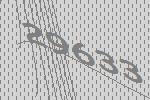
29633